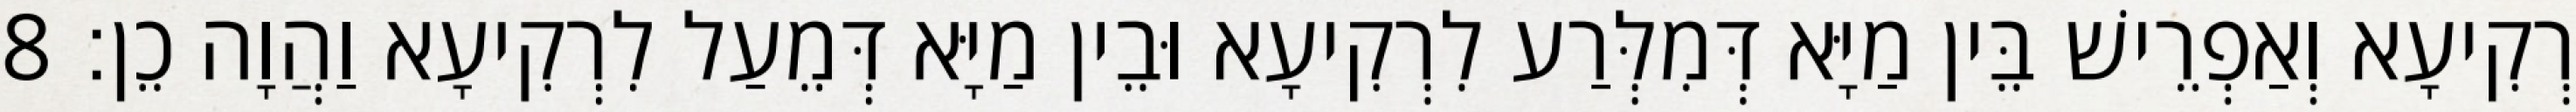
רְקִיעָא וְאַפְרֵישׁ בֵּין מַיָּא דְּמִלְּרַע לִרְקִיעָא וּבֵין מַיָּא דְּמֵעַל לִרְקִיעָא וַהֲוָה כֵן׃ 8